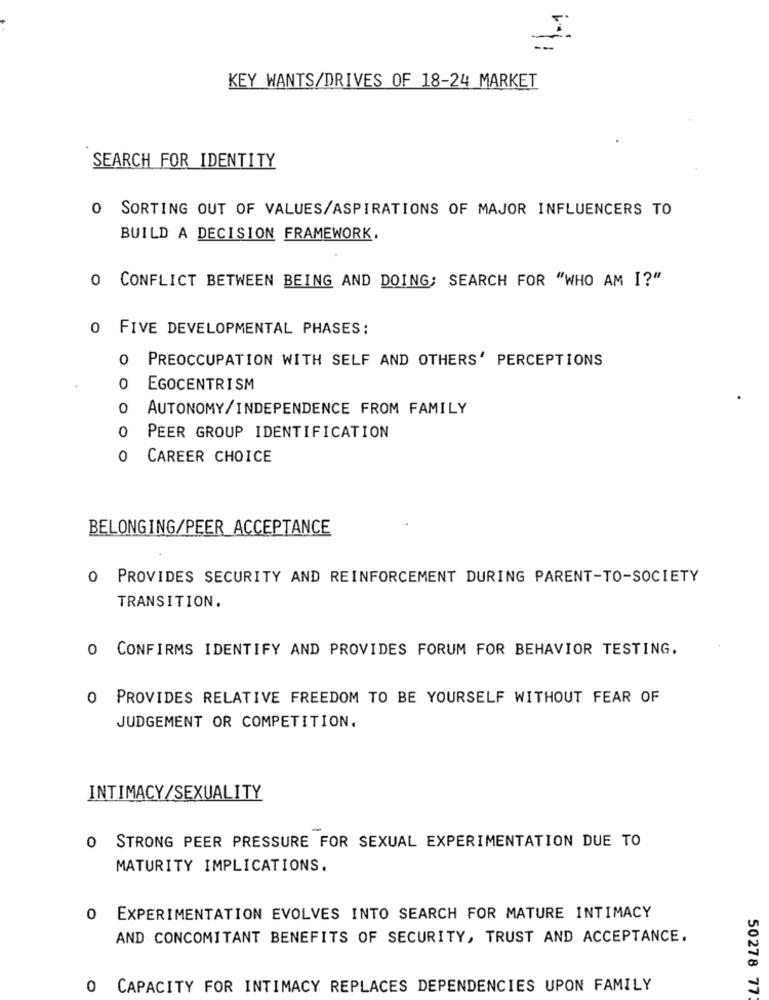
KEY WANTS/DRIVES OF 18-24 MARKET
SEARCH FOR IDENTITY
O SORTING OUT OF VALUES/ASPIRATIONS OF MAJOR INFLUENCERS TO
BUILD A DECISION FRAMEWORK.
O CONFLICT BETWEEN BEING AND DOING; SEARCH FOR "WHO AM I?"
0 FIVE DEVELOPMENTAL PHASES:
0
PREOCCUPATION WITH SELF AND OTHERS' PERCEPTIONS
0
EGOCENTRISM
0
AUTONOMY/INDEPENDENCE FROM FAMILY
0
PEER GROUP IDENTIFICATION
0
CAREER CHOICE
BELONGING/PEER ACCEPTANCE
0
PROVIDES SECURITY AND REINFORCEMENT DURING PARENT-TO-SOCIETY
TRANSITION.
O CONFIRMS IDENTIFY AND PROVIDES FORUM FOR BEHAVIOR TESTING.
0
PROVIDES RELATIVE FREEDOM TO BE YOURSELF WITHOUT FEAR OF
JUDGEMENT OR COMPETITION.
INTIMACY/SEXUALITY
O STRONG PEER PRESSURE FOR SEXUAL EXPERIMENTATION DUE TO
MATURITY IMPLICATIONS.
O EXPERIMENTATION EVOLVES INTO SEARCH FOR MATURE INTIMACY
AND CONCOMITANT BENEFITS OF SECURITY, TRUST AND ACCEPTANCE.
0 CAPACITY FOR INTIMACY REPLACES DEPENDENCIES UPON FAMILY
50278 77